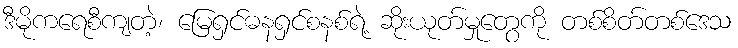
ဒီမိုကရေစီကျတဲ့၊ မြေရှင်ဓနရှင်စနစ်ရဲ့ ဆိုးယုတ်မှုတွေကို တစ်စိတ်တစ်ဒေသ